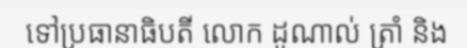
ទៅប្រធានាធិបតី លោក ដូណាល់ ត្រាំ និង